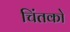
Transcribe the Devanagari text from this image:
चिंतको